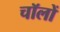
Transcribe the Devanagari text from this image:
चॉलों